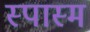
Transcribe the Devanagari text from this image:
स्पास्म